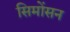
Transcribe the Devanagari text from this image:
सिमोंसन